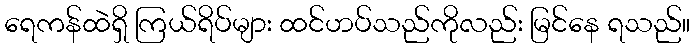
ရေကန်ထဲရှိ ကြယ်ရိပ်များ ထင်ဟပ်သည်ကိုလည်း မြင်နေ ရသည်။